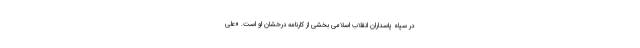
در سپاه پاسداران انقلاب اسلامی بخشی از کارنامه درخشان او است. «علی